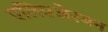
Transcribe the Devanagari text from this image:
एलिएजेरबन